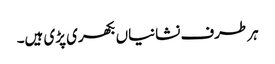
ہر طرف نشانیاں بکھری پڑی ہیں۔